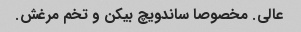
عالی. مخصوصا ساندویچ بیکن و تخم مرغش.